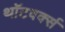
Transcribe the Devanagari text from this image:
थॉटवर्क्स